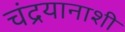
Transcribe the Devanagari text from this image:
चंद्रयानाशी